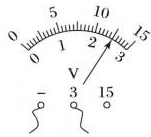
测得电阻的阻值为_____Ω(保留一位小数)。